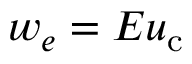
w _ { e } = E u _ { \mathrm { c } }